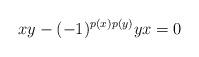
LaTeX: \begin{align*}xy - (-1)^{p(x)p(y)} yx = 0\end{align*}